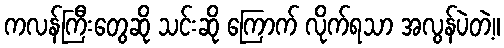
ကလန်ကြီးတွေဆို သင်းဆို ကြောက် လိုက်ရသာ အလွန်ပဲတဲ့။